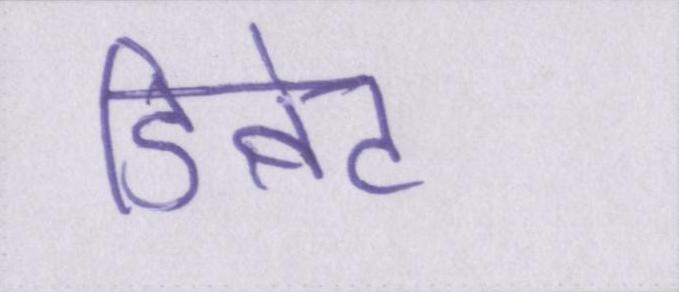
डिबेट